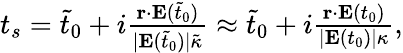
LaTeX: \begin{array}{r}{t_{s}=\tilde{t}_{0}+i\frac{\mathbf{r}\cdot\mathbf{E}(\tilde{t}_{0})}{|\mathbf{E}(\tilde{t}_{0})|\tilde{\kappa}}\approx\tilde{t}_{0}+i\frac{\mathbf{r}\cdot\mathbf{E}(t_{0})}{|\mathbf{E}(t_{0})|\kappa},}\end{array}